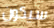
سيكون